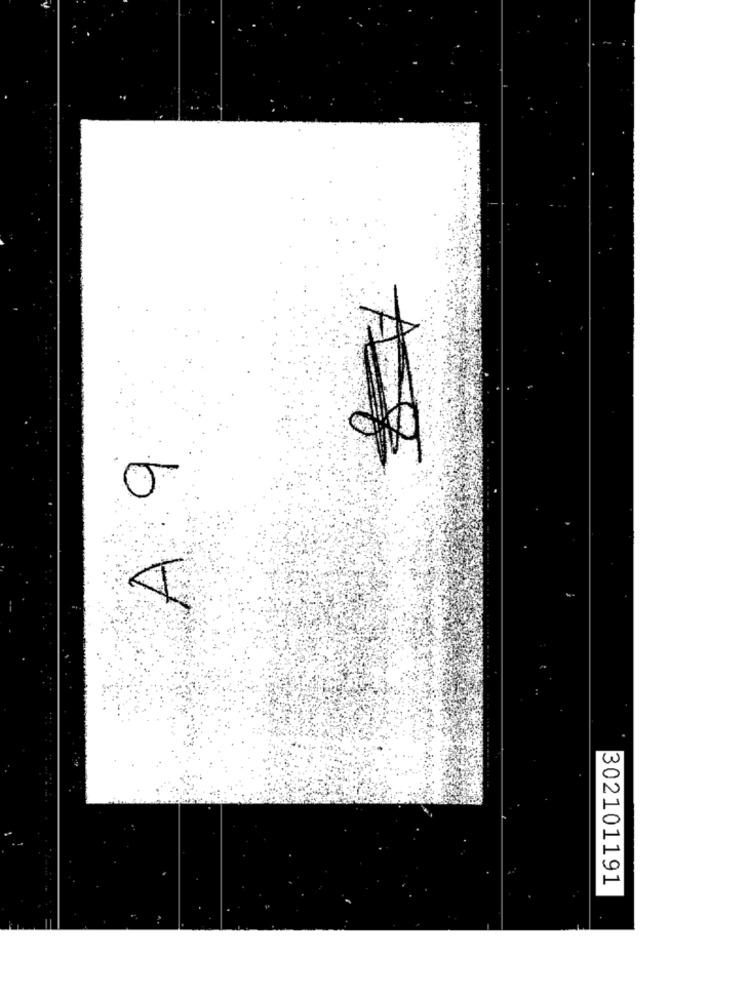
A 9
302101191